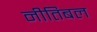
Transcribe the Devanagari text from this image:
नीतिबल